Civil Veterinary Dept. Bombay admin report 1932-41 - 1932-1941
Year: 1932
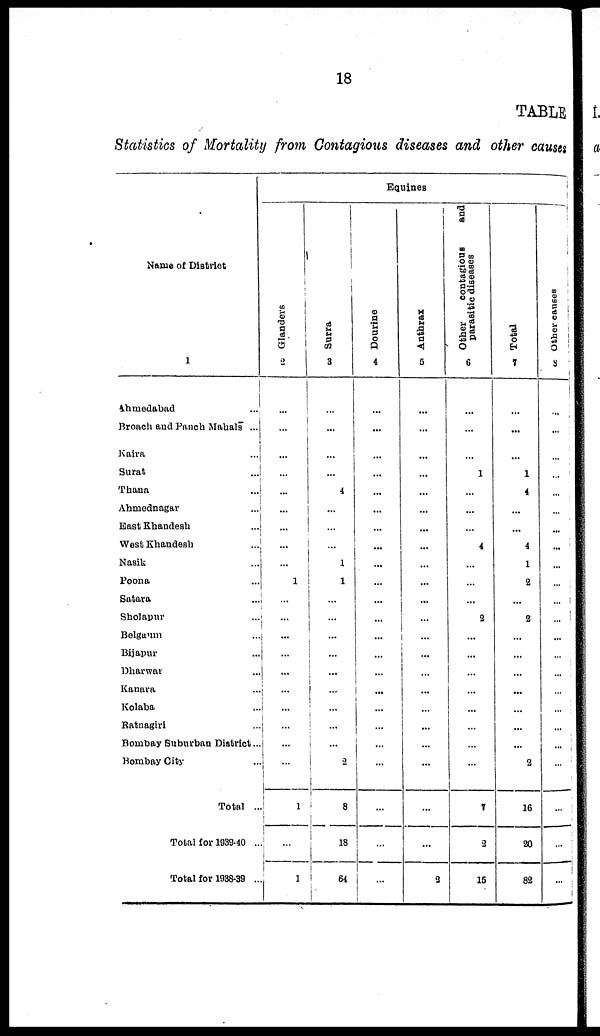
18
TABLE
Statistics of Mortality from Contagious diseases and other causes
Name of District
1
Ahmedabad ...
Broach and Panch Mahals ...
Kaira ...
Surat ...
Thana
...
Ahmednagar
...
East Khandesh ...
West
Khandesh
...
Nasik ...
Poona ...
Satara
...
Sholapur
...
Belgaum
...
Bijapur
...
Dharwar
...
Kanara
...
Kolaba
...
Ratnagiri
...
Bombay Suburban District...
Bombay City
...
Total ...
Total for 1939-40 ...
Total for 1938-39 ...
Equines
Glanders
2
...
...
...
...
...
...
...
...
...
1
...
...
...
...
...
...
...
...
...
...
1
...
1
Surra
3
...
...
...
...
4
...
...
...
...
1
...
...
...
...
...
...
...
...
...
2
8
18
64
Dourine
4
...
...
...
...
...
...
...
...
...
...
...
...
...
...
...
...
...
...
...
...
...
...
...
Anthrax
5
...
...
...
...
...
...
...
...
...
...
...
...
...
...
...
...
...
...
...
...
...
...
2
Other
contagious
and
parasitic diseases
6
...
...
...
1
...
...
...
4
...
...
...
2
...
...
...
...
...
...
...
...
1
2
15
Total
7
...
...
...
1
4
...
...
4
1
2
...
2
...
...
...
...
...
...
...
2
16
20
82
Other causes
8
...
...
...
...
...
...
...
...
...
...
...
...
...
...
...
...
...
...
...
...
...
...
...